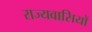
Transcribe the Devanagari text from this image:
राज्यवासियों